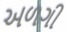
અળગી